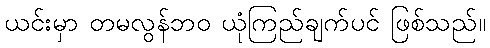
ယင်းမှာ တမလွန်ဘဝ ယုံကြည်ချက်ပင် ဖြစ်သည်။